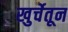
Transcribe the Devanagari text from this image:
खुर्चेतून